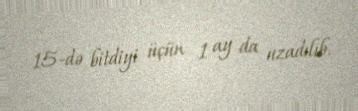
15-də bitdiyi üçün 1 ay da uzadılıb.